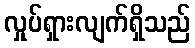
လှုပ်ရှားလျက်ရှိသည်